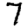
Digit: 7